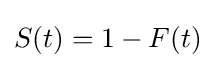
S(t)=1-F(t)